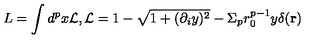
L = \int d ^ { p } x { \cal L } , { \cal L } = 1 - \sqrt { 1 + ( \partial _ { i } y ) ^ { 2 } } - \Sigma _ { p } r _ { 0 } ^ { p - 1 } y \delta ( { \bf r } )